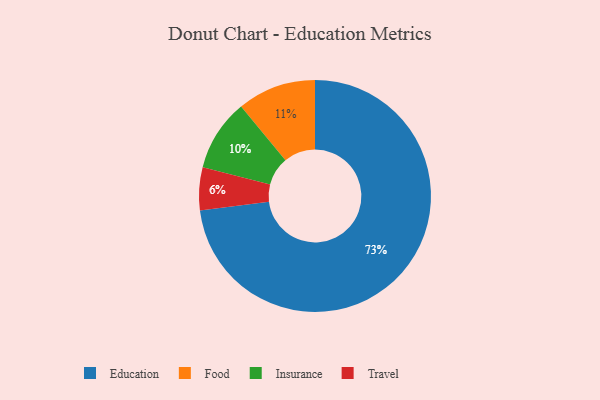
{"axis": {"x": "Category", "y": "Percentage"}, "legend": ["Education", "Food", "Insurance", "Travel"], "data": [{"x": "Insurance", "y": 10, "type": "Insurance"}, {"x": "Food", "y": 11, "type": "Food"}, {"x": "Travel", "y": 6, "type": "Travel"}, {"x": "Education", "y": 73, "type": "Education"}]}